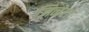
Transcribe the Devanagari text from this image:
जिनेटा